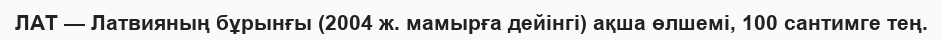
ЛАТ — Латвияның бұрынғы (2004 ж. мамырға дейінгі) ақша өлшемі, 100 сантимге тең.